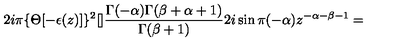
2 i \pi \{ \Theta [ - \epsilon ( z ) ] \} ^ { 2 } [ ] \frac { \Gamma ( - \alpha ) \Gamma ( \beta + \alpha + 1 ) } { \Gamma ( \beta + 1 ) } 2 i \sin \pi ( - \alpha ) z ^ { - \alpha - \beta - 1 } =